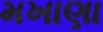
મખાણા